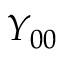
Y _ { 0 0 }